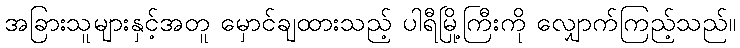
အခြားသူများနှင့်အတူ မှောင်ချထားသည့် ပါရီမြို့ကြီးကို လျှောက်ကြည့်သည်။